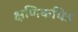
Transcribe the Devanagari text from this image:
क्षणिकचित्र